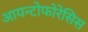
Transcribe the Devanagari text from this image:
आयन्टोफोरेसिस